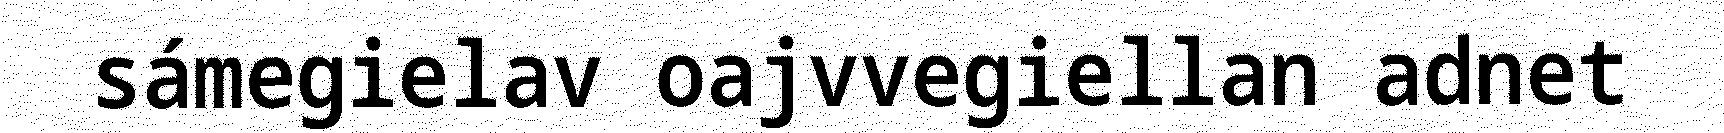
sámegielav oajvvegiellan adnet